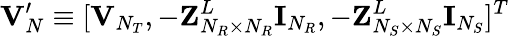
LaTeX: {\mathbf V}_{N}^{\prime}\equiv[{\mathbf{V}}_{N_{T}},-{\mathbf{Z}}_{N_{R}\times N_{R}}^{L}{\mathbf{I}}_{N_{R}},-{\mathbf{Z}}_{N_{S}\times N_{S}}^{L}{\mathbf{I}}_{N_{S}}]^{T}